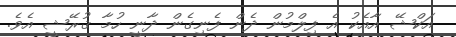
އަކްޝޭ އާއެކު އެ ފިލްމުން ދެން ފެނިގެން ދާނީ ހުމާ ޤުރޭޝީ އެވެ.